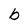
Character: b